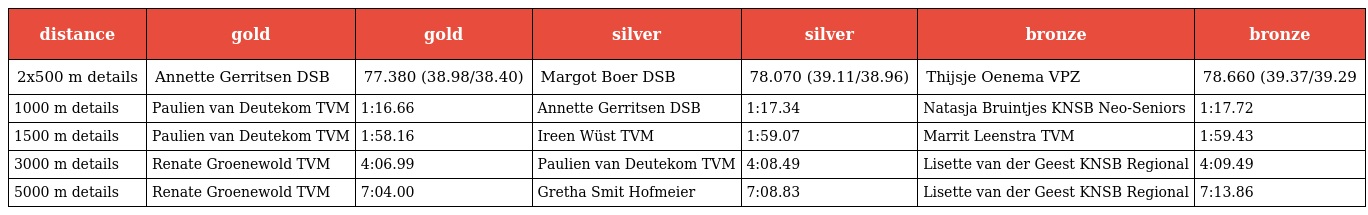
| distance | gold | gold | silver | silver | bronze | bronze |
 | --- | --- | --- | --- | --- | --- | --- |
 | 2x500 m details | Annette Gerritsen DSB | 77.380 (38.98/38.40) | Margot Boer DSB | 78.070 (39.11/38.96) | Thijsje Oenema VPZ | 78.660 (39.37/39.29 |
 | 1000 m details | Paulien van Deutekom TVM | 1:16.66 | Annette Gerritsen DSB | 1:17.34 | Natasja Bruintjes KNSB Neo-Seniors | 1:17.72 |
 | 1500 m details | Paulien van Deutekom TVM | 1:58.16 | Ireen Wüst TVM | 1:59.07 | Marrit Leenstra TVM | 1:59.43 |
 | 3000 m details | Renate Groenewold TVM | 4:06.99 | Paulien van Deutekom TVM | 4:08.49 | Lisette van der Geest KNSB Regional | 4:09.49 |
 | 5000 m details | Renate Groenewold TVM | 7:04.00 | Gretha Smit Hofmeier | 7:08.83 | Lisette van der Geest KNSB Regional | 7:13.86 |